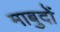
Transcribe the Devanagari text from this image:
माबुदों